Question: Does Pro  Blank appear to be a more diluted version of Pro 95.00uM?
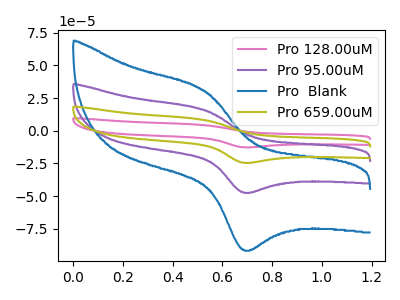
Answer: <think>The pink curve "Pro 128.00uM" has an anodic peak at (0.55V, 48.00uA) and a cathodic peak at (0.70V, -141.90uA). The purple curve "Pro 95.00uM" has an anodic peak at (0.55V, 16.00uA) and a cathodic peak at (0.70V, -47.30uA). The blue curve "Pro  Blank" has an anodic peak at (0.55V, 30.90uA) and a cathodic peak at (0.70V, -91.30uA). The olive curve "Pro 659.00uM" has an anodic peak at (0.55V, 32.00uA) and a cathodic peak at (0.70V, -94.60uA).
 All the peaks in "Pro  Blank" have a peak in "Pro 95.00uM" at the same potential. Every peak in "Pro  Blank" is higher than every peak in "Pro 95.00uM".</think>
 <answer>"Pro  Blank" has more signal than "Pro 95.00uM" and so likely has a higher concentration.</answer>
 <eval>more_concentration</eval>